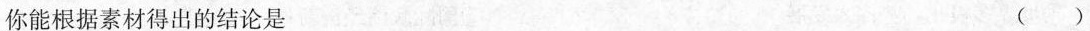
你能根据素材得出的结论是 ()